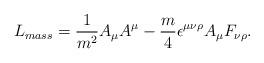
LaTeX: \begin{align*}L_{mass}=\frac{1}{m^2} A_{\mu }A^{\mu } -\frac{m}{4} \epsilon^{\mu \nu\rho } A_{\mu } F_{\nu \rho}.\end{align*}